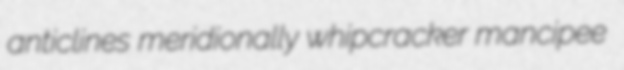
anticlines meridionally whipcracker mancipee